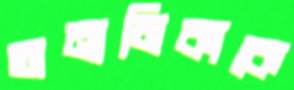
অনামিকাকে